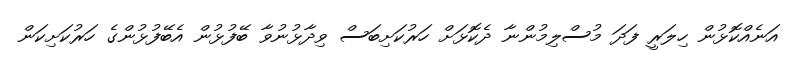
އަނެއްކޮޅުން ހިލަރީ ފަދަ މުސްލިމުންނާ ދެކޮޅަށް ހަރުކަށިބަސް ވިދާޅުނުވާ ބޭފުޅުން އެބޭފުޅުންގެ ހަރުކަށިކަން